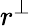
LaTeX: r^{\perp}